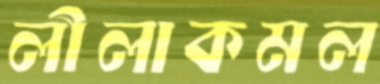
লীলাকমল